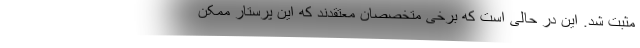
مثبت شد. این در حالی است که برخی متخصصان معتقدند که این پرستار ممکن